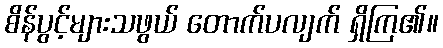
စိန်ပွင့်များသဖွယ် တောက်ပလျက် ရှိကြ၏။